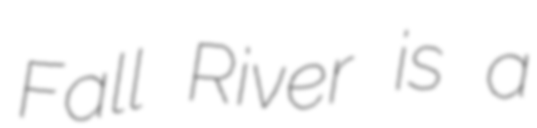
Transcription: Fall River is a